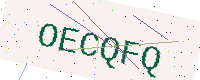
Text: OECQFQ